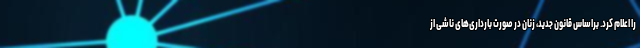
را اعلام کرد. براساس قانون جدید، زنان در صورت بارداری‌های ناشی از